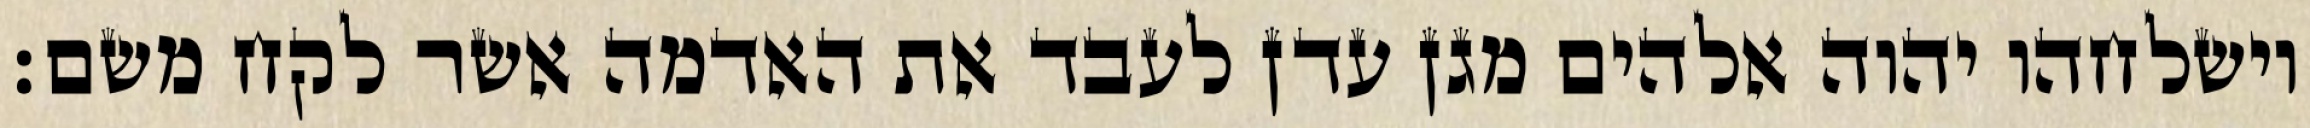
וישלחהו יהוה אלהים מגן עדן לעבד את האדמה אשר לקח משם׃